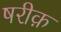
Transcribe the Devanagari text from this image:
षरीक़